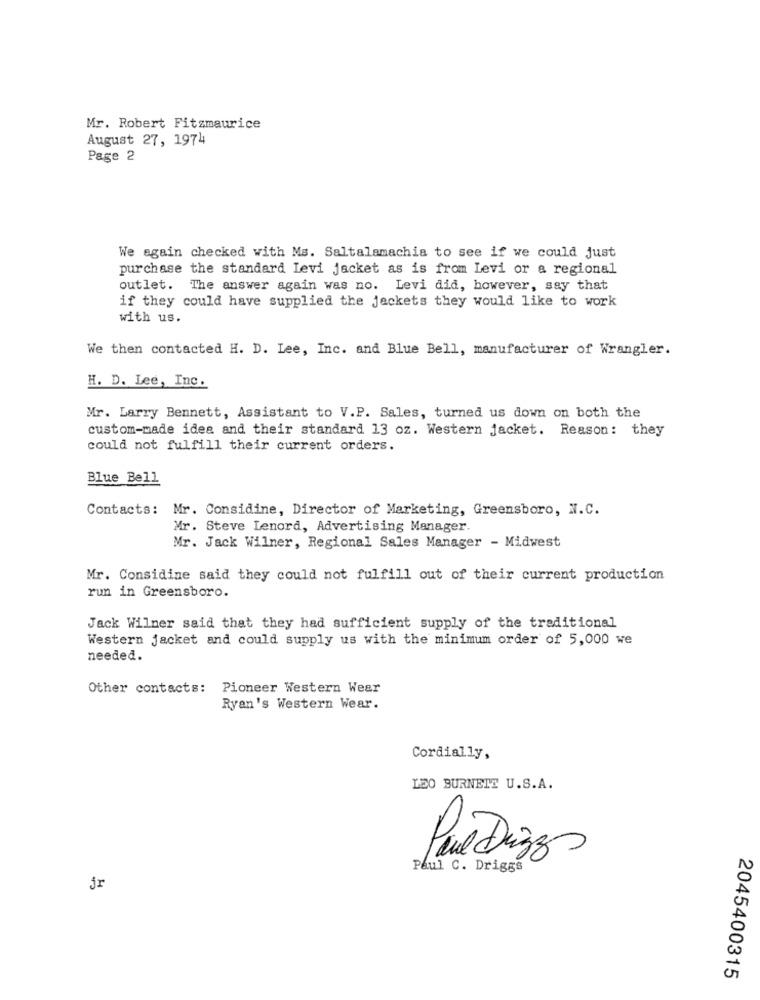
Mr. Robert Fitzmaurice
August 27, 1974
Page 2
We again checked with Ms. Saltalamachia to see if we could just
purchase the standard Levi jacket as is from Levi or a regional
outlet. The answer again was no. Levi did, however, say that
if they could have supplied the jackets they would like to work
with us.
We then contacted H. D. Lee, Inc. and Blue Bell, manufacturer of Wrangler.
H. D. Lee, Inc.
Mr. Larry Bennett, Assistant to V.P. Sales, turned us down on both the
custom-made idea and their standard 13 oz. Western jacket. Reason: they
could not fulfill their current orders.
Blue Bell
Contacts: Mr. Considine, Director of Marketing, Greensboro, N.C.
Mr. Steve Lenord, Advertising Manager.
Mr. Jack Wilner, Regional Sales Manager - Midwest
Mr. Considine said they could not fulfill out of their current production
run in Greensboro.
Jack Wilner said that they had sufficient supply of the traditional
Western jacket and could supply us with the minimum order of 5,000 we
needed.
Other contacts: Pioneer Western Wear
Ryan's Western Wear.
Cordially,
LEO BURNETT U.S.A.
Pare Dizzs
Paul C. Driggs
jr
2045400315